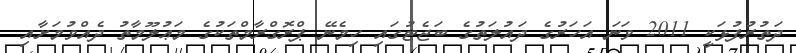
ދަތުރުފުޅަކީ 2011 ވަނަ އަހަރުގެ ދައުލަތުގެ ބަޖެޓުގައި ހިމެނޭ ޕްރޮގްރާމްތަކުގެ މަޢުލޫމާތު ދެއްވުމަށާއި